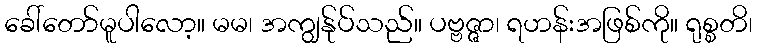
ခေါ်တော်မူပါလော့။ မမ၊ အကျွန်ုပ်သည်။ ပဗ္ဗဇ္ဇာ၊ ရဟန်းအဖြစ်ကို။ ရုစ္စတိ၊